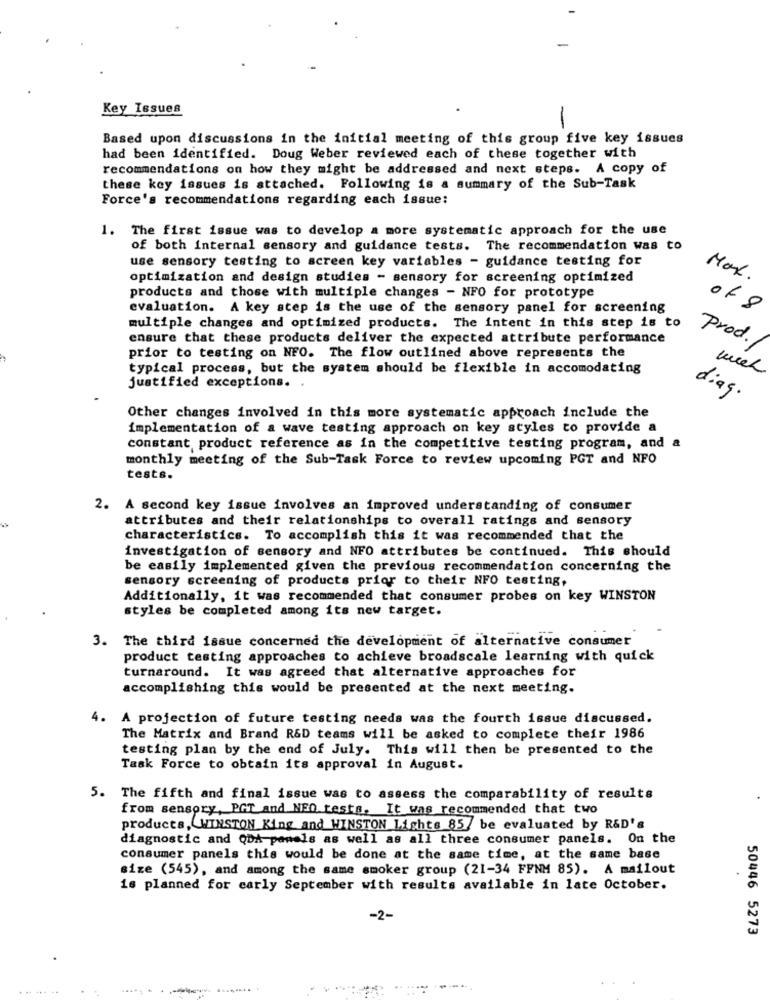
Key Issues
-
Based upon discussions in the initial meeting of this group five key issues
had been identified. Doug Weber reviewed each of these together with
recommendations on how they might be addressed and next steps. A copy of
these key issues is attached. Following is a summary of the Sub-Task
Force's recommendations regarding each issue:
1. The first issue was to develop a more systematic approach for the use
of both internal sensory and guidance tests. The recommendation was to
use sensory testing to screen key variables - guidance testing for
optimization and design studies - sensory for screening optimized
Max.
products and those with multiple changes - NFO for prototype
evaluation. A key step is the use of the sensory panel for screening
of8
multiple changes and optimized products. The intent in this step is to
ensure that these products deliver the expected attribute performance
Prod./
prior to testing on NFO. The flow outlined above represents the
typical process, but the system should be flexible in accomodating
week
justified exceptions.
diag.
Other changes involved in this more systematic approach include the
implementation of a wave testing approach on key styles to provide a
constant product reference as in the competitive testing program, and &
monthly meeting of the Sub-Task Force to review upcoming PGT and NFO
tests.
2. A second key issue involves an improved understanding of consumer
attributes and their relationships to overall ratings and sensory
characteristics. To accomplish this it was recommended that the
investigation of sensory and NFO attributes be continued. This should
be easily implemented given the previous recommendation concerning the
sensory screening of products prior to their NFO testing,
Additionally, it was recommended that consumer probes on key WINSTON
styles be completed among its new target.
3. The third issue concerned the development of alternative consumer
product testing approaches to achieve broadscale learning with quick
turnaround. It was agreed that alternative approaches for
accomplishing this would be presented at the next meeting.
4. A projection of future testing needs was the fourth issue discussed.
The Matrix and Brand R&D teams will be asked to complete their 1986
testing plan by the end of July. This will then be presented to the
Task Force to obtain its approval in August.
5. The fifth and final issue was to assess the comparability of results
from sensory, PGT and NEO tests. It was recommended that two
products,WINSTON King and WINSTON Lights 85/ be evaluated by R&D's
diagnostic and QDA-panels as well as all three consumer panels. On the
consumer panels this would be done at the same time, at the same base
size (545), and among the same smoker group (21-34 FFNM 85). A mailout
is planned for carly September with results available in late October.
-2-
50446 5273